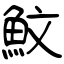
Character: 魰